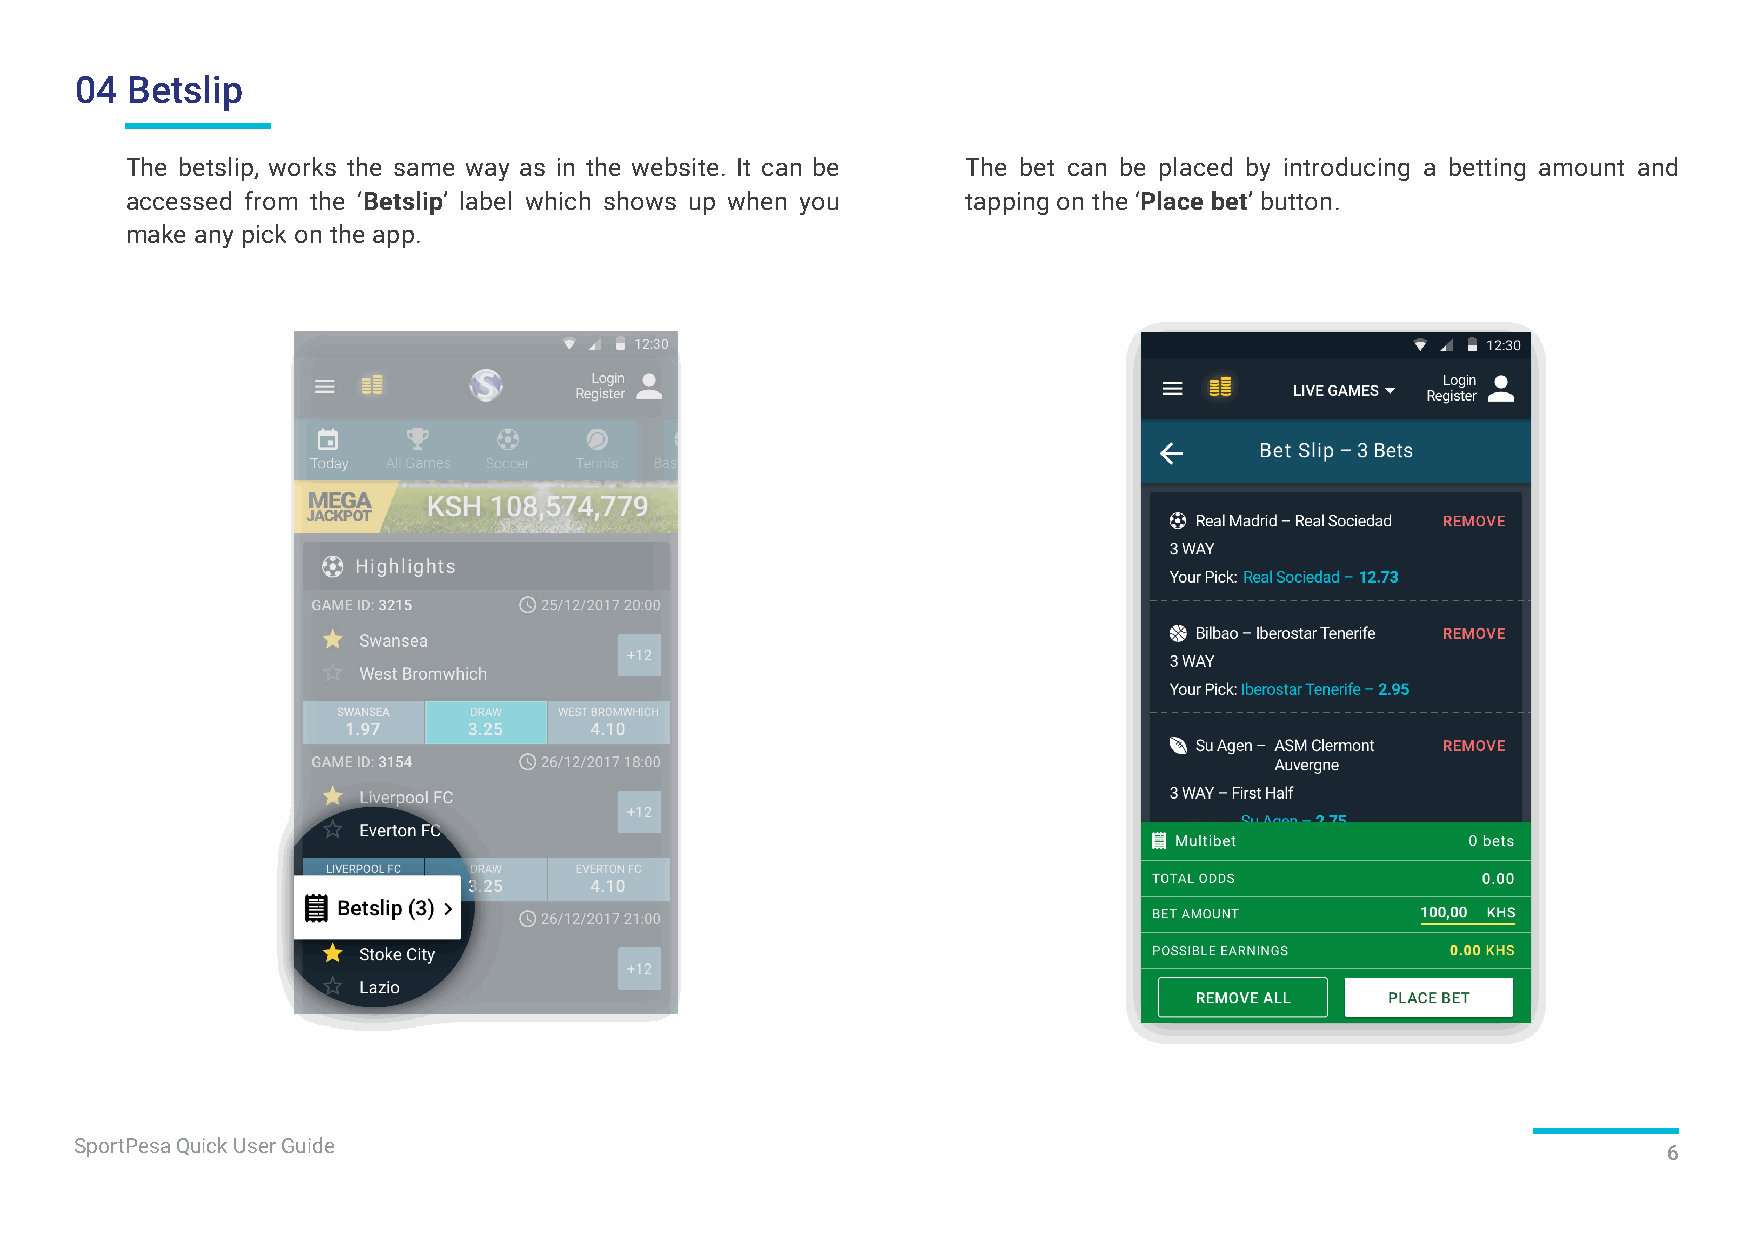
04 Betslip
 The betslip, works the same way as in the website. It can be The bet can be placed by introducing a betting amount and
 accessed from the ‘Betslip’ label which shows up when you tapping on the ‘Place bet’ button.
 make any pick on the app.
 SportPesa Quick User Guide
 6